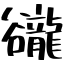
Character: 豅